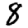
Digit: 8